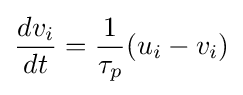
{\frac {dv_{i}}{dt}}={\frac {1}{\tau _{p}}}(u_{i}-v_{i})